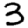
Digit: 3